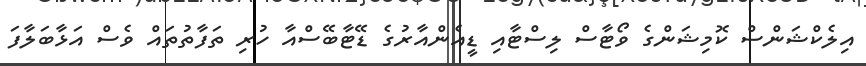
އިލެކްޝަންސް ކޮމިޝަންގެ ވޯޓާސް ލިސްޓާއި ޑީއެންއާރުގެ ޑޭޓާބޭސްއާ ހުރި ތަފާތުތައް ވެސް އަޅާބަލާފަ